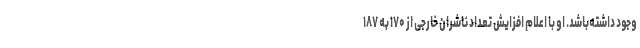
وجود داشته‌باشد. او با اعلام افزایش تعداد ناشران خارجی از ۱۷۰ به ۱۸۷